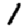
Digit: 1